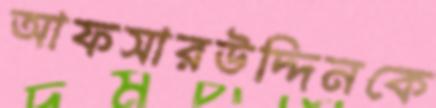
আফসারউদ্দিনকে